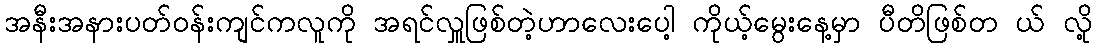
အနီးအနားပတ်ဝန်းကျင်ကလူကို အရင်လှူဖြစ်တဲ့ဟာလေးပေါ့ ကိုယ့်မွေးနေ့မှာ ပီတိဖြစ်တ ယ် လို့